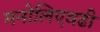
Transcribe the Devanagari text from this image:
मनोलिएवढी